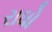
રાઘો